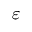
\varepsilon